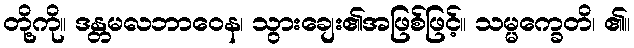
တို့ကို။ ဒန္တမလဘာဝေန၊ သွားချေး၏အဖြစ်ဖြင့်။ သမ္မက္ခေတိ၊ ၏။